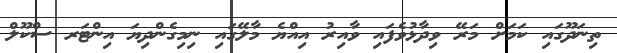
ތިނަދޫގައި ކަމަށް މަރޭ ވިދާޅުވެފައި ވާއިރު އިއްޔެ މާލޭގައި ނިމިގެންދިޔަ އިންޓަރ ސްކޫލް